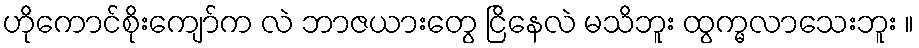
ဟိုကောင်စိုးကျော်က လဲ ဘာဇယားတွေ ငြိနေလဲ မသိဘူး ထွက္မလာသေးဘူး ။